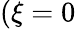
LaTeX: (\xi=0